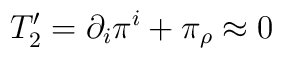
T_2' = \partial_i\pi^i + \pi_\rho \approx 0